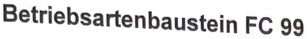
Text: Betriebsartenbaustein FC 99